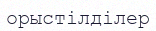
орыстілділер